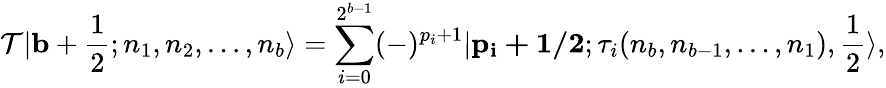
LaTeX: {\cal T}|{\mathbf b}+\frac{1}{2};n_{1},n_{2},\ldots,n_{b}\rangle=\sum_{i=0}^{2^{b-1}}(-)^{p_{i}+1}|{\mathbf{p_{i}+1/2}};\tau_{i}(n_{b},n_{b-1},\ldots,n_{1}),\frac{1}{2}\rangle,